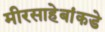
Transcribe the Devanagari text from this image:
मीरसाहेबांकडे